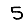
Digit: 5